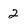
Character: 2